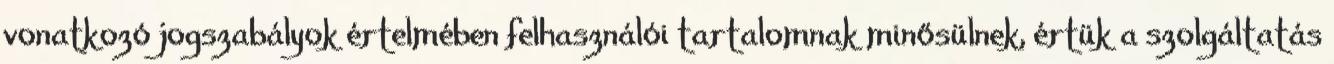
vonatkozó jogszabályok értelmében felhasználói tartalomnak minősülnek, értük a szolgáltatás